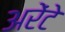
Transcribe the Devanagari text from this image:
अरेंटे